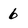
Character: 6